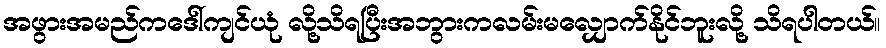
အဖွားအမည်ကဒေါ်ကျင်ယုံ လို့သိရပြီးအဘွားကလမ်းမလျှောက်နိုင်ဘူးလို့ သိရပါတယ်။